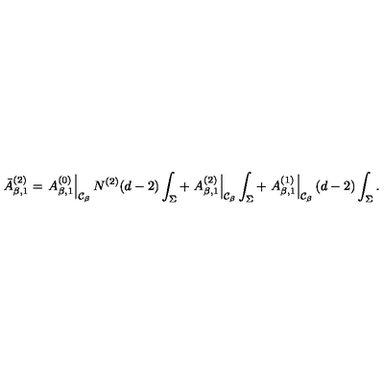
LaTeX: \bar { A } _ { \beta , 1 } ^ { ( 2 ) } = \left. A _ { \beta , 1 } ^ { ( 0 ) } \right| _ { { \cal C } _ { \beta } } N ^ { ( 2 ) } ( d - 2 ) \int _ { \Sigma } + \left. A _ { \beta , 1 } ^ { ( 2 ) } \right| _ { { \cal C } _ { \beta } } \int _ { \Sigma } + \left. A _ { \beta , 1 } ^ { ( 1 ) } \right| _ { { \cal C } _ { \beta } } ( d - 2 ) \int _ { \Sigma } .